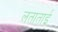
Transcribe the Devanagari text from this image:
लताताई